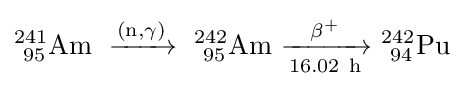
\mathrm {^{241}_{\ 95}Am\ \xrightarrow {(n,\gamma )} \ _{\ 95}^{242}Am\ {\xrightarrow[{16.02\ h}]{\beta ^{+}}}\ _{\ 94}^{242}Pu}